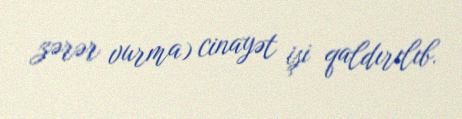
zərər vurma) cinayət işi qaldırılıb.